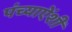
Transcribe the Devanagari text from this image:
पंच्याऐंशी